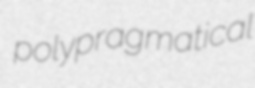
polypragmatical